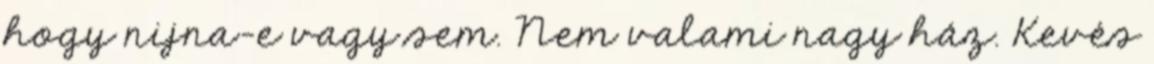
hogy nijna-e vagy sem. Nem valami nagy ház. Kevés